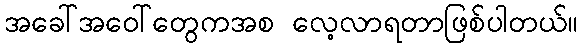
အခေါ်အဝေါ်တွေကအစ လေ့လာရတာဖြစ်ပါတယ်။